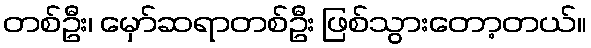
တစ်ဦး၊ မှော်ဆရာတစ်ဦး ဖြစ်သွားတော့တယ်။